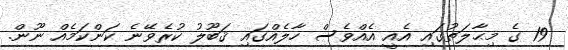
19 ގެ މިޙާލަތުގައި އެއީ އެއްވެސް ހާލެއްގައި ޤަބޫލު ކުރެވޭނެ ކަންކަމެއް ނޫން.